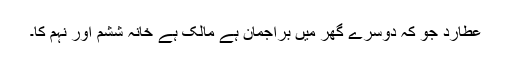
عطارد جو کہ دوسرے گھر میں براجمان ہے مالک ہے خانہ ششم اور نہم کا۔